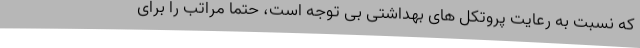
که نسبت به رعایت پروتکل های بهداشتی بی توجه است، حتما مراتب را برای